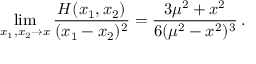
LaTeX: \operatorname * { l i m } _ { x _ { 1 } , x _ { 2 } \to x } \frac { H ( x _ { 1 } , x _ { 2 } ) } { ( x _ { 1 } - x _ { 2 } ) ^ { 2 } } = \frac { 3 \mu ^ { 2 } + x ^ { 2 } } { 6 ( \mu ^ { 2 } - x ^ { 2 } ) ^ { 3 } } \, .